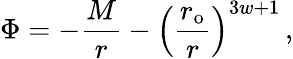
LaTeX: \Phi=-\frac{M}{r}-\left(\frac{r_{\mathrm{{o}}}}{r}\right)^{3w+1}\, ,